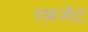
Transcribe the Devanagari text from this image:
राबजोट